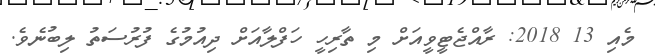
މެއި 13 2018: ރާއްޖެޓީވީއަށް މި ތާރިހީ ހަފްލާއަށް ދިއުމުގެ ފުރުސަތު ލިބުނެވެ.